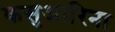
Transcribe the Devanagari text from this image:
कसुआरिना